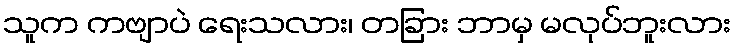
သူက ကဗျာပဲ ရေးသလား၊ တခြား ဘာမှ မလုပ်ဘူးလား